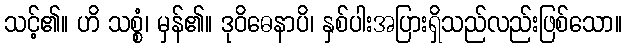
သင့်၏။ ဟိ သစ္စံ၊ မှန်၏။ ဒုဝိဓေနာပိ၊ နှစ်ပါးအပြားရှိသည်လည်းဖြစ်သော။